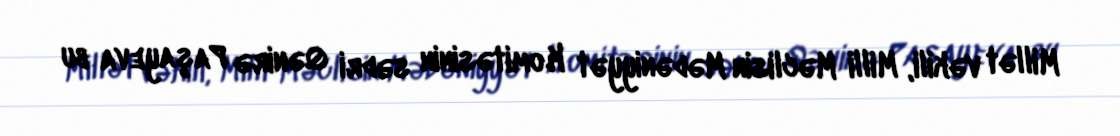
Millət vəkili, Milli Məclisin Mədəniyyət Komitəsinin sədri Qənirə Paşayeva bu